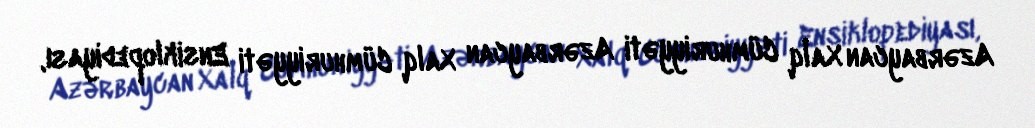
Azərbaycan Xalq Cümhuriyyəti Azərbaycan Xalq Cümhuriyyəti Ensiklopediyası,